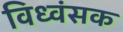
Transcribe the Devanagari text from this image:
विध्‍वंसक